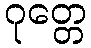
ဂုတ္တေ